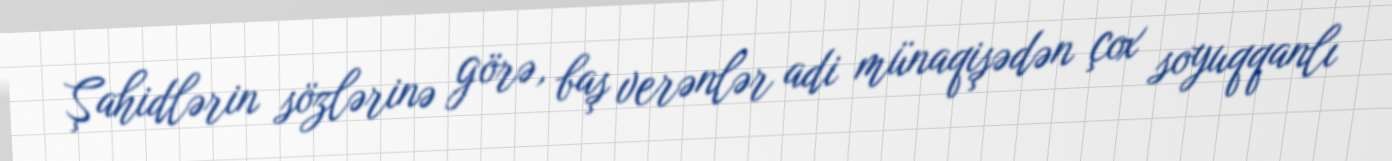
Şahidlərin sözlərinə görə, baş verənlər adi münaqişədən çox soyuqqanlı